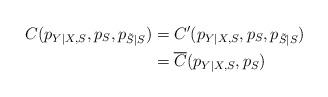
LaTeX: \begin{align*}C(p_{Y|X,S},p_S,p_{\tilde{S}|S})&= C'(p_{Y|X,S},p_S,p_{\tilde{S}|S})\\&=\overline{C}(p_{Y|X,S},p_S)\end{align*}